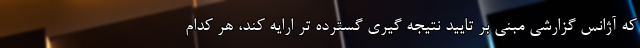
که آژانس گزارشی مبنی بر تایید نتیجه گیری گسترده تر ارایه کند، هر کدام